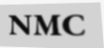
NMC